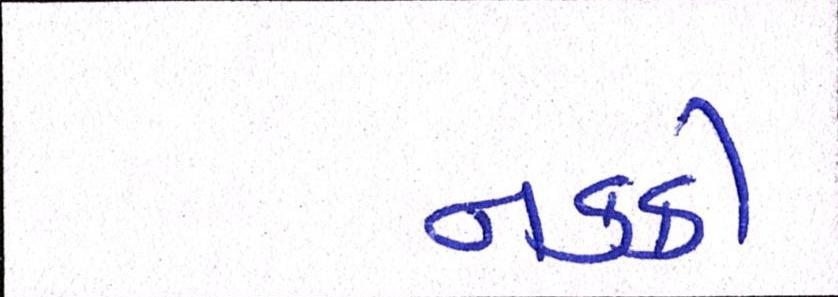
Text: નકકી